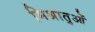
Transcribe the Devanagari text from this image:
मिश्रातुओं